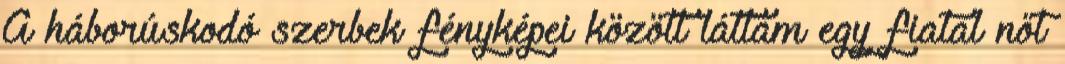
A háborúskodó szerbek fényképei között láttam egy fiatal nőt